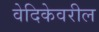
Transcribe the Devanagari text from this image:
वेदिकेवरील